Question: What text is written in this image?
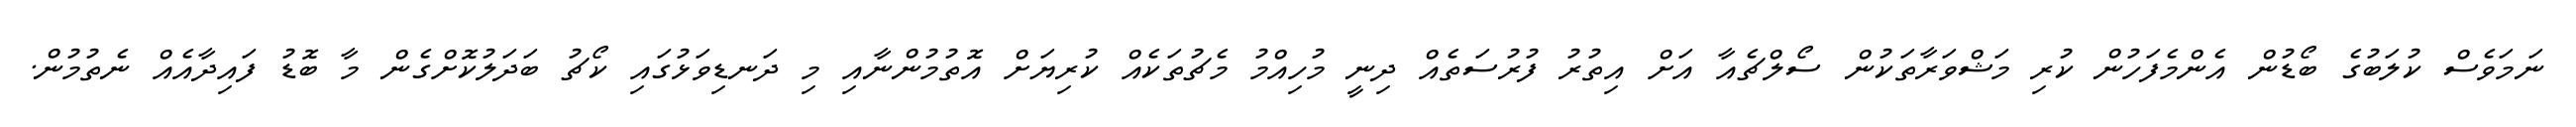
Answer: ނަމަވެސް ކުލަބުގެ ބޯޑުން އެންމެފަހުން ކުރި މަޝްވަރާތަކުން ސޯލްޗެއާ އަށް އިތުރު ފުރުސަތެއް ދިނީ މުހިއްމު މެޗުތަކެއް ކުރިޔަށް އޮތުމުންނާއި މި ދަނޑިވަޅުގައި ކޯޗު ބަދަލުކޮށްގެން މާ ބޮޑު ފައިދާއެއް ނެތުމުން.